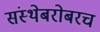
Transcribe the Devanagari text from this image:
संस्थेबरोबरच